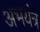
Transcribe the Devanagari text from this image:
अभयंत्र